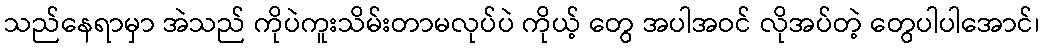
သည်နေရာမှာ အဲသည် ကိုပဲကူးသိမ်းတာမလုပ်ပဲ ကိုယ့် တွေ အပါအဝင် လိုအပ်တဲ့ တွေပါပါအောင်၊